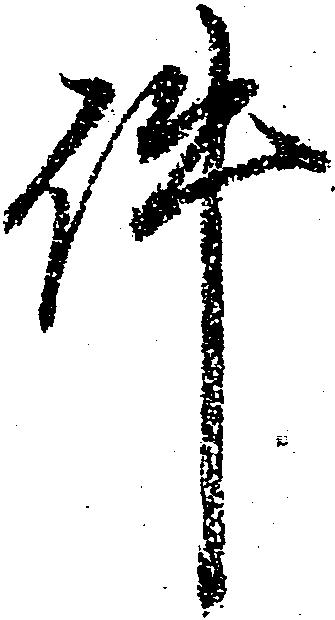
件